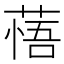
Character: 𦷮